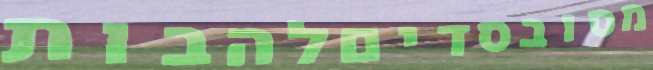
מסובסדיםלהבות